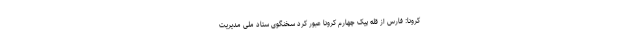
کرونا: فارس از قله پیک چهارم کرونا عبور کرد سخنگوی ستاد ملی مدیریت